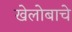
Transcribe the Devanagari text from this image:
खेलोबाचे